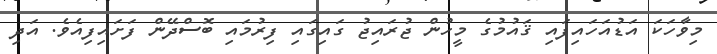
މިވާހަކަ އަޑުއަހައިފައި ޤައުމުގެ މީހުން ޖުރައިޖު ގައިގައި ފިރުމައި ބޮސްދޭން ފަށައިފިއެވެ. އަދި